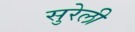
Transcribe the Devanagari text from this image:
सुरेली